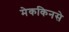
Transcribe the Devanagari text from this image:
मेककिनसे